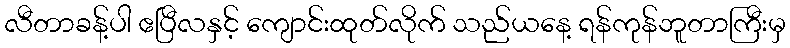
လီတာခန့်ပါ ဧပြီလနှင့် ကျောင်းထုတ်လိုက် သည်ယနေ့ ရန်ကုန်ဘူတာကြီးမှ